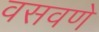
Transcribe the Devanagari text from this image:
वसवणे